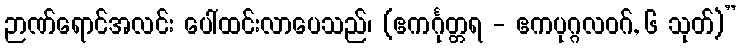
ဉာဏ်ရောင်အလင်း ပေါ်ထင်းလာပေသည်၊ (ဧကင်္ဂုတ္တရ - ဧကပုဂ္ဂလဝဂ်, ၆ သုတ်)”